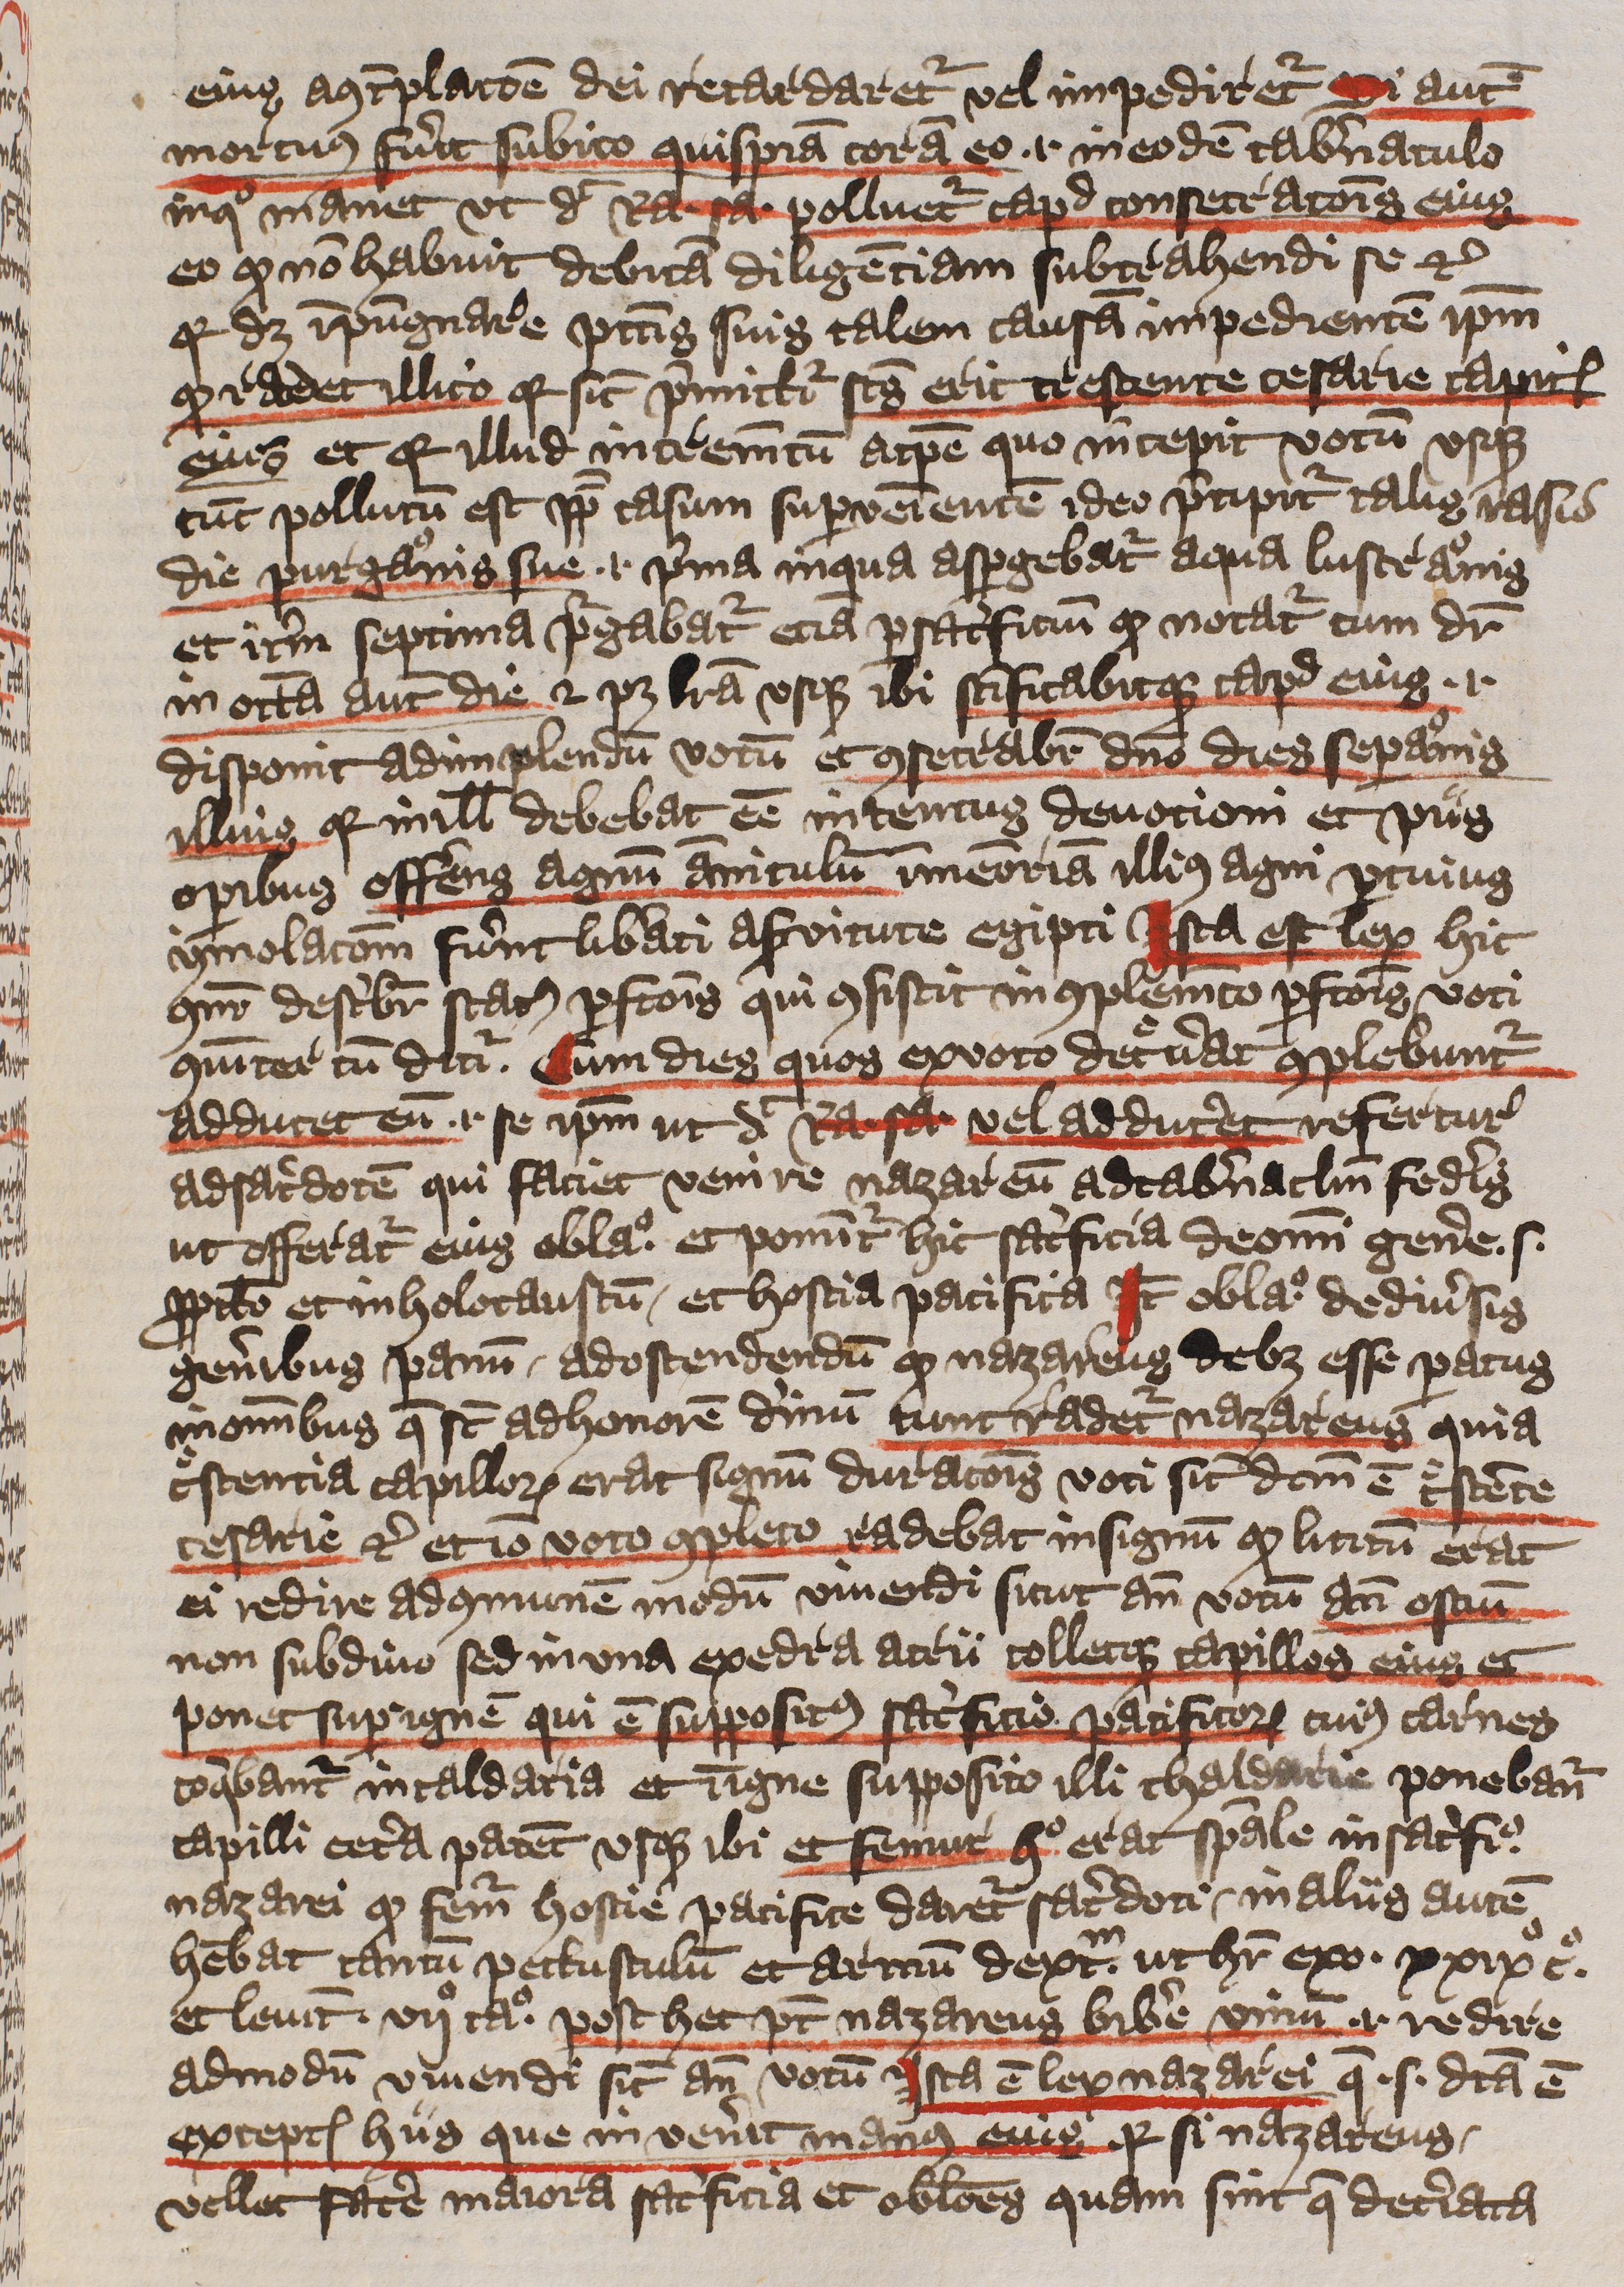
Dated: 1397–1397